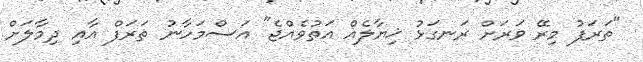
"ތަރަފު މިރޭ ވަރަށް ރަނގަޅު ޚިޔާލެއް އަތުވެއްޖެ" އަސްމަހާނު ތަރަފް އާއި ދިމާލަށް